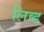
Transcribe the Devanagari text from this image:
लिव्ड